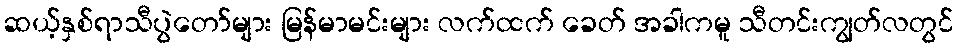
ဆယ့်နှစ်ရာသီပွဲတော်များ မြန်မာမင်းများ လက်ထက် ခေတ် အခါကမူ သီတင်းကျွတ်လတွင်